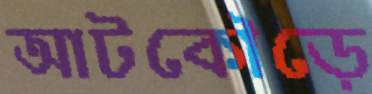
আটকৌড়ে